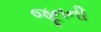
જૂનની